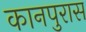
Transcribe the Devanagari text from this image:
कानपुरास